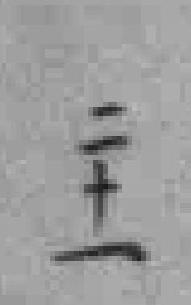
二十一